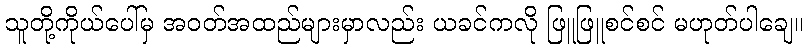
သူတို့ကိုယ်ပေါ်မှ အဝတ်အထည်များမှာလည်း ယခင်ကလို ဖြူဖြူစင်စင် မဟုတ်ပါချေ။